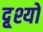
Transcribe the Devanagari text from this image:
दृ्श्यों